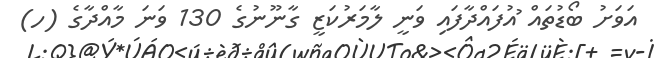
އަވަށު ބޯޑުތައް ުއުފައްދާފައި ވަނީ ލާމަރުކަޒީ ގާނޫނުގެ 130 ވަނަ މާއްދާގެ (ހ)